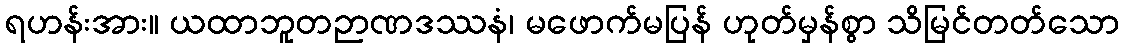
ရဟန်းအား။ ယထာဘူတဉာဏဒဿနံ၊ မဖောက်မပြန် ဟုတ်မှန်စွာ သိမြင်တတ်သော